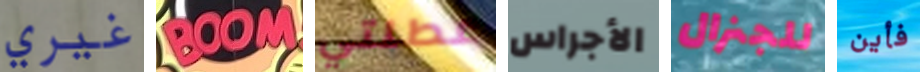
غيري BOOM عطلتي الأجراس للجنرال فأين